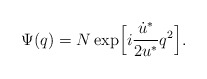
\begin{align*}\Psi(q) = N \exp \Bigl[i \frac{\dot{u}^*}{2 u^*} q^2 \Bigr].\end{align*}